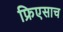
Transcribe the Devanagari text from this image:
फ्रिएसाच